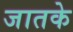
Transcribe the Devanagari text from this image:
जातके